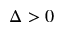
\Delta > 0